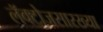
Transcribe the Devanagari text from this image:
लॅक्टोजसारख्या